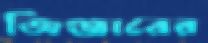
জিঞ্জারের